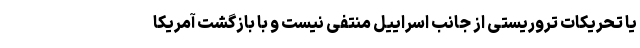
یا تحریکات تروریستی از جانب اسراییل منتفی نیست و با بازگشت آمریکا